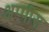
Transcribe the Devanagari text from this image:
अप्पीस